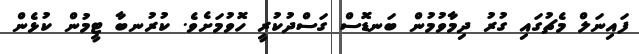
ފައިނަލް މެޗުގައި ގުރު ދިމާވުމުން ބަނޑޮސް ގަސްދުކުރީ ހޮވުމަށެވެ. ކުރުނބާ ޓީމުން ކުޅެން